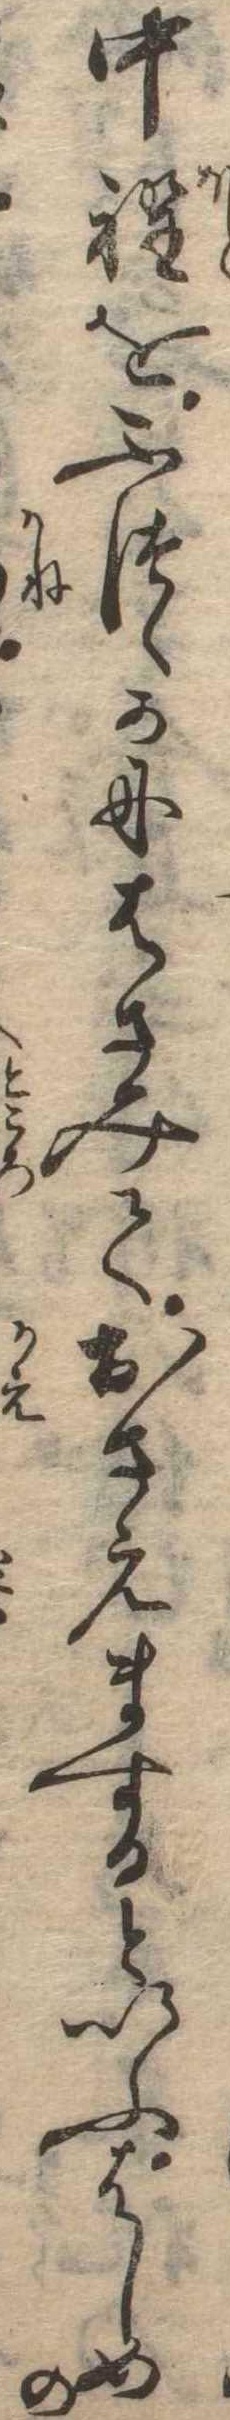
中程をふつゝかにはさみておさえまするといふはしめの